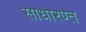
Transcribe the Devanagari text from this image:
साधारण्त